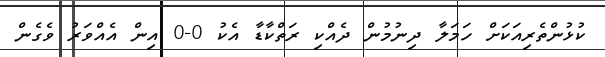
ކުޅުންތެރިއަކަށް ހަމަލާ ދިނުމުން ދެއްކި ރަތްކާޑާ އެކު 0-0 އިން އެއްވަރު ވެގެން